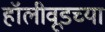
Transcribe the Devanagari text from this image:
हॉलीवूडच्या